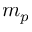
m _ { p }